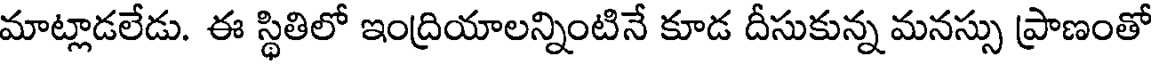
మాట్లాడలేడు. ఈ స్థితిలో ఇంద్రియాలన్నింటినే కూడ దీసుకున్న మనస్సు ప్రాణంతో